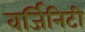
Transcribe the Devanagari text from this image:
वर्जिनिटी